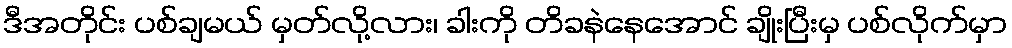
ဒီအတိုင်း ပစ်ချမယ် မှတ်လို့လား၊ ခါးကို တိခနဲနေအောင် ချိုးပြီးမှ ပစ်လိုက်မှာ